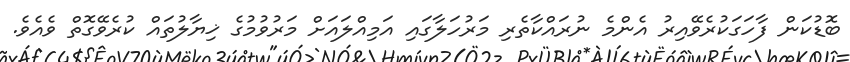
ބޮޑުކަން ފާހަގަކުރެވޭއިރު އެންމެ ނުރައްކާތެރި މަރުހަލާގައި އަމިއްލައަށް މަރުވުމުގެ ޚިޔާލުތައް ކުރެވޭގޮތް ވެއެވެ.